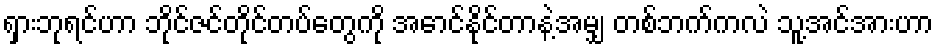
ရှားဘုရင်ဟာ ဘိုင်ဇင်တိုင်တပ်တွေကို အောင်နိုင်တာနဲ့အမျှ တစ်ဘက်ကလဲ သူ့အင်အားဟာ